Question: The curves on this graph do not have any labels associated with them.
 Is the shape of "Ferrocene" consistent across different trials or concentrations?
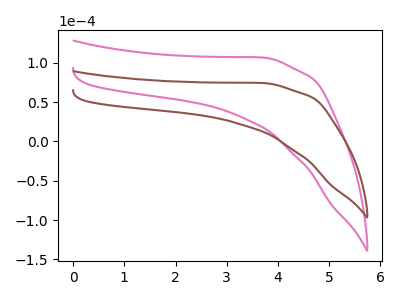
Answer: <think>The pink curve "pink" has no peaks. The brown curve "brown" has no peaks.
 Neither "pink" or "brown" have any peaks.</think>
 <answer>All the CV's of "Ferrocene" have similar shape.</answer>
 <eval>follow_rule</eval>